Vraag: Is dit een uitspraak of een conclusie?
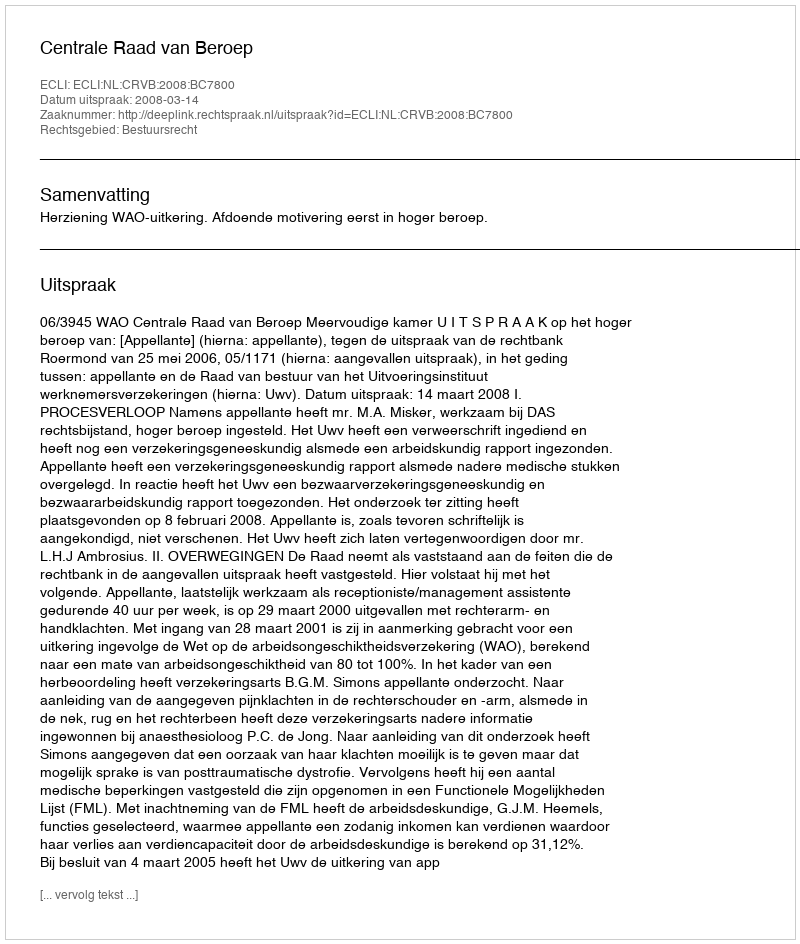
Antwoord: Uitspraak